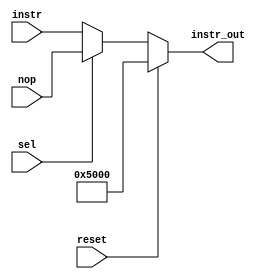
module mux(reset,instr,sel,nop,instr_out);

input [15:0] instr,nop;
input sel,reset;
output [15:0] instr_out;


assign instr_out=(reset==1'b1)?16'b01_010_000_000_0_0000:(sel==1'b0)?instr:nop;

endmodule